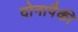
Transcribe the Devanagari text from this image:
दोनापैकी